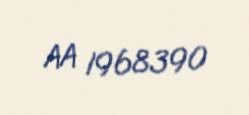
AA 1968390